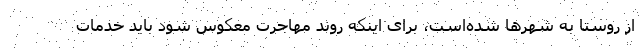
از روستا به شهرها شده‌است، برای اینکه روند مهاجرت معکوس شود باید خدمات